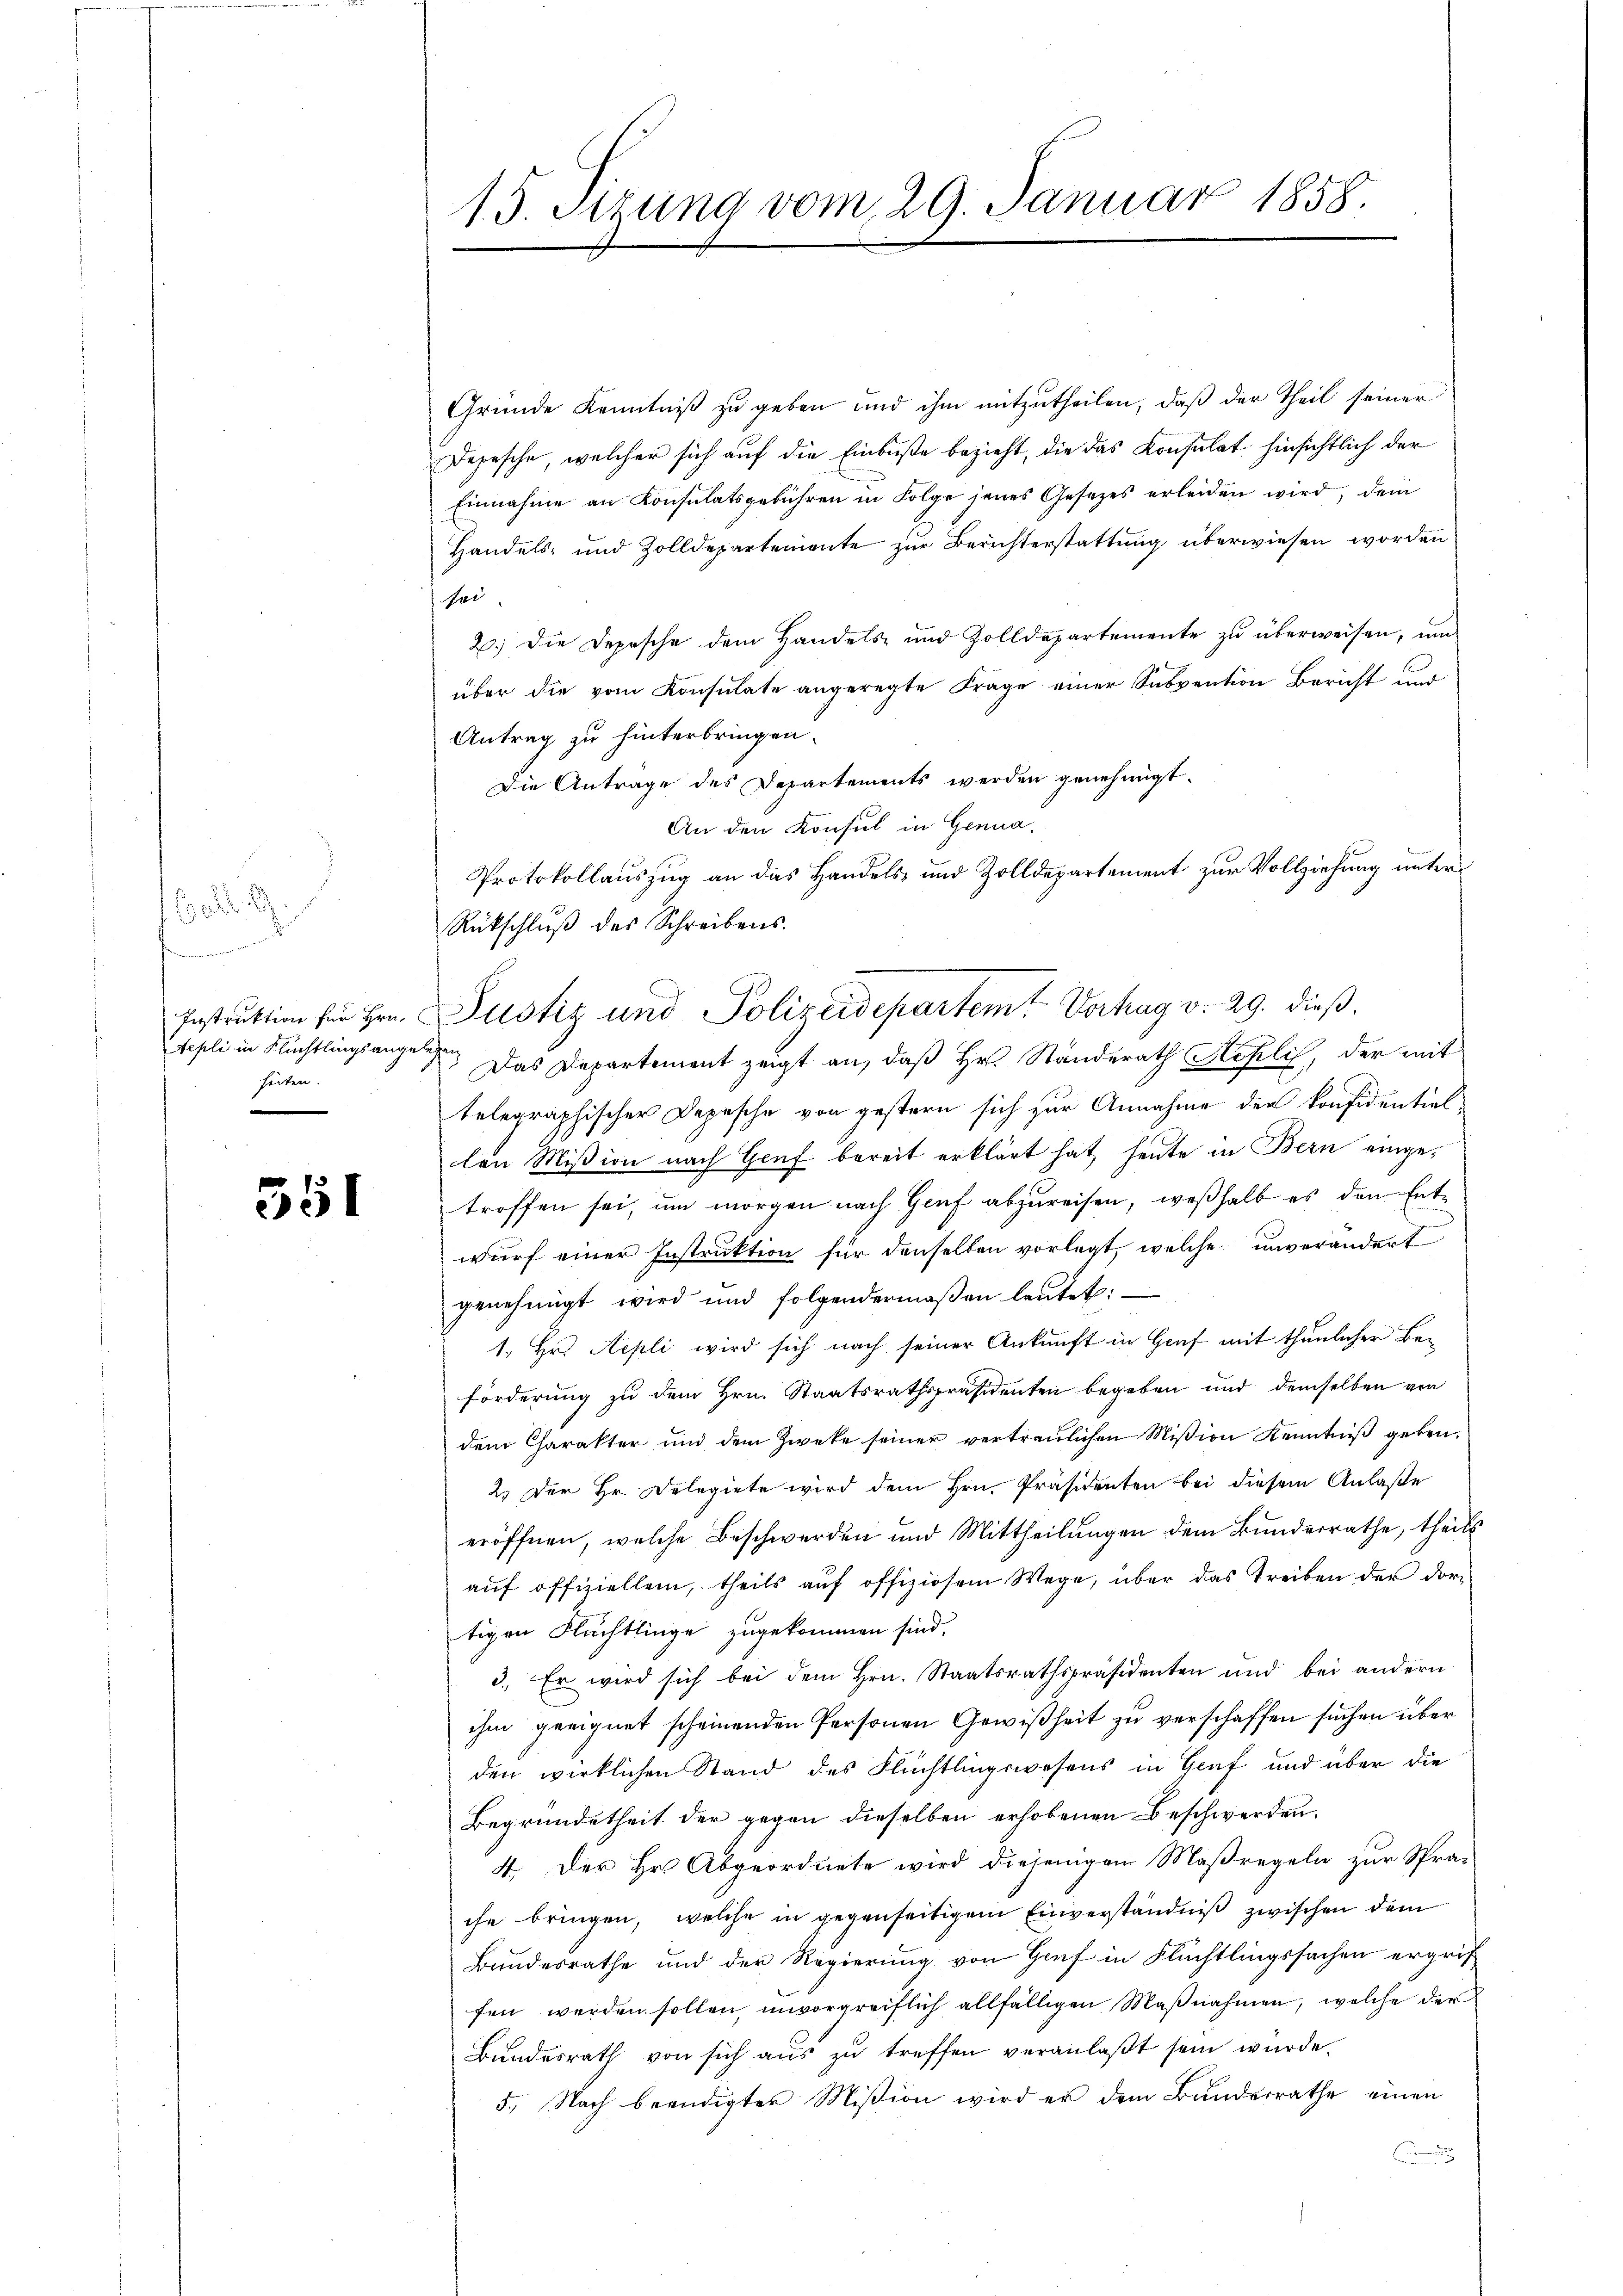
.
Instruktion für Hrn.
Tepli in Flüchtlingsangelegen
hörten.

551

13. Sizung vom 29. Januar 1858.

Gründe Kenntniß zu geben und ihm mitzutheilen, daß der Theil seiner
Depesche, welcher sich auf die Einbuße bezieht, die das Konsulat hinsichtlich der
Einnahme an Konsulatsgebühren in Folge jenes Gesetzes erleiden wird, dem
Handels- und Zolldepartemente zur Berichterstattung überwiesen worden
Nei
2.) Die Depesche dem Handels- und Zolldepartemente zu überweisen, um
über die vom Konsulate angeregte Frage einer Subvention Bericht und
Antrag zu hinterbringen.
Die Antrage des Departements werden genehmigt.
An den Konsul in Genua,
Protokollauszug an das Handels- und Zolldepartement zur Vollziehung unter
Rückschlŭβ des Schreibens.
Das Departement zeigt an, daß Hr. Ständerath Replis, der mit
telegraphischer Depesche von gestern sich zur Annahme der konfidentiel
len Mißion nach Genf bereit erklärt hat heute in Bern eingetroffen sei, um morgen nach Genf abzureisen, weßhalb es den Entwurf einer Instruktion für denselben vorlegt, welche unverändert
genehmigt wird und folgendermaßen lautet:
1. Hr. Aepli wird sich nach seiner Ankunft in Genf mit thunlicher Beforderung zu dem Hrn. Staatsrathspräsidenten begeben und demselben von
dem Charakter und dem Zweke seiner vertraulichen Mißion Kenntniß geben.
2.) Der Hr. Delegiete wird dem Hrn. Präsidenten bei diesem Anlaße
eröffnen, welche Beschwerden und Mittheilungen dem Bundesrathe, theils
aŭf offiziellen, theils aŭf offiziosem Wege, über das Treiben der dor-
tigen Flüchtlinge zugekommen sind.
3. Er wird sich bei dem Hrn. Staatsrathspräsidenten und bei andern
ihm geeignet scheinenden Personen Gewißheit zu verschaffen suchen über
den wirklichen Stand des Flüchtlingswesens in Genf und über die
Begründetheit der gegen dieselben erhobenen Beschwerden.
4. Der Hr. Abgeordnete wird diejenigen Maßregeln zur Spra-
che bringen, welche in gegenseitigem Einverständniß zwischen dem
Bundesrathe und der Regierung von Genf in Flüchtlingssachen ergrif
fen werden sollen, unvorgreiflich allfälligen Maßnahmen, welche der
Bundesrath von sich aus zu treffen veranlaβt sein wurde.
5. Nach beendigter Mißion wird er dem Bundesrathe einen
.

Justiz und Polizeidepartemt Vortrag v. 29. dieß